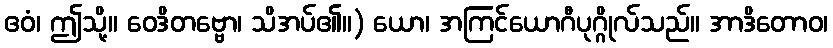
ဧဝံ၊ ဤသို့။ ဝေဒိတဗ္ဗော၊ သိအပ်၏။) ယော၊ အကြင်ယောဂီပုဂ္ဂိုလ်သည်။ အာဒိတောဝ၊